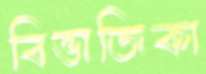
বিভাজিকা